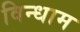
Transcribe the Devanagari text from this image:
विन्धाम